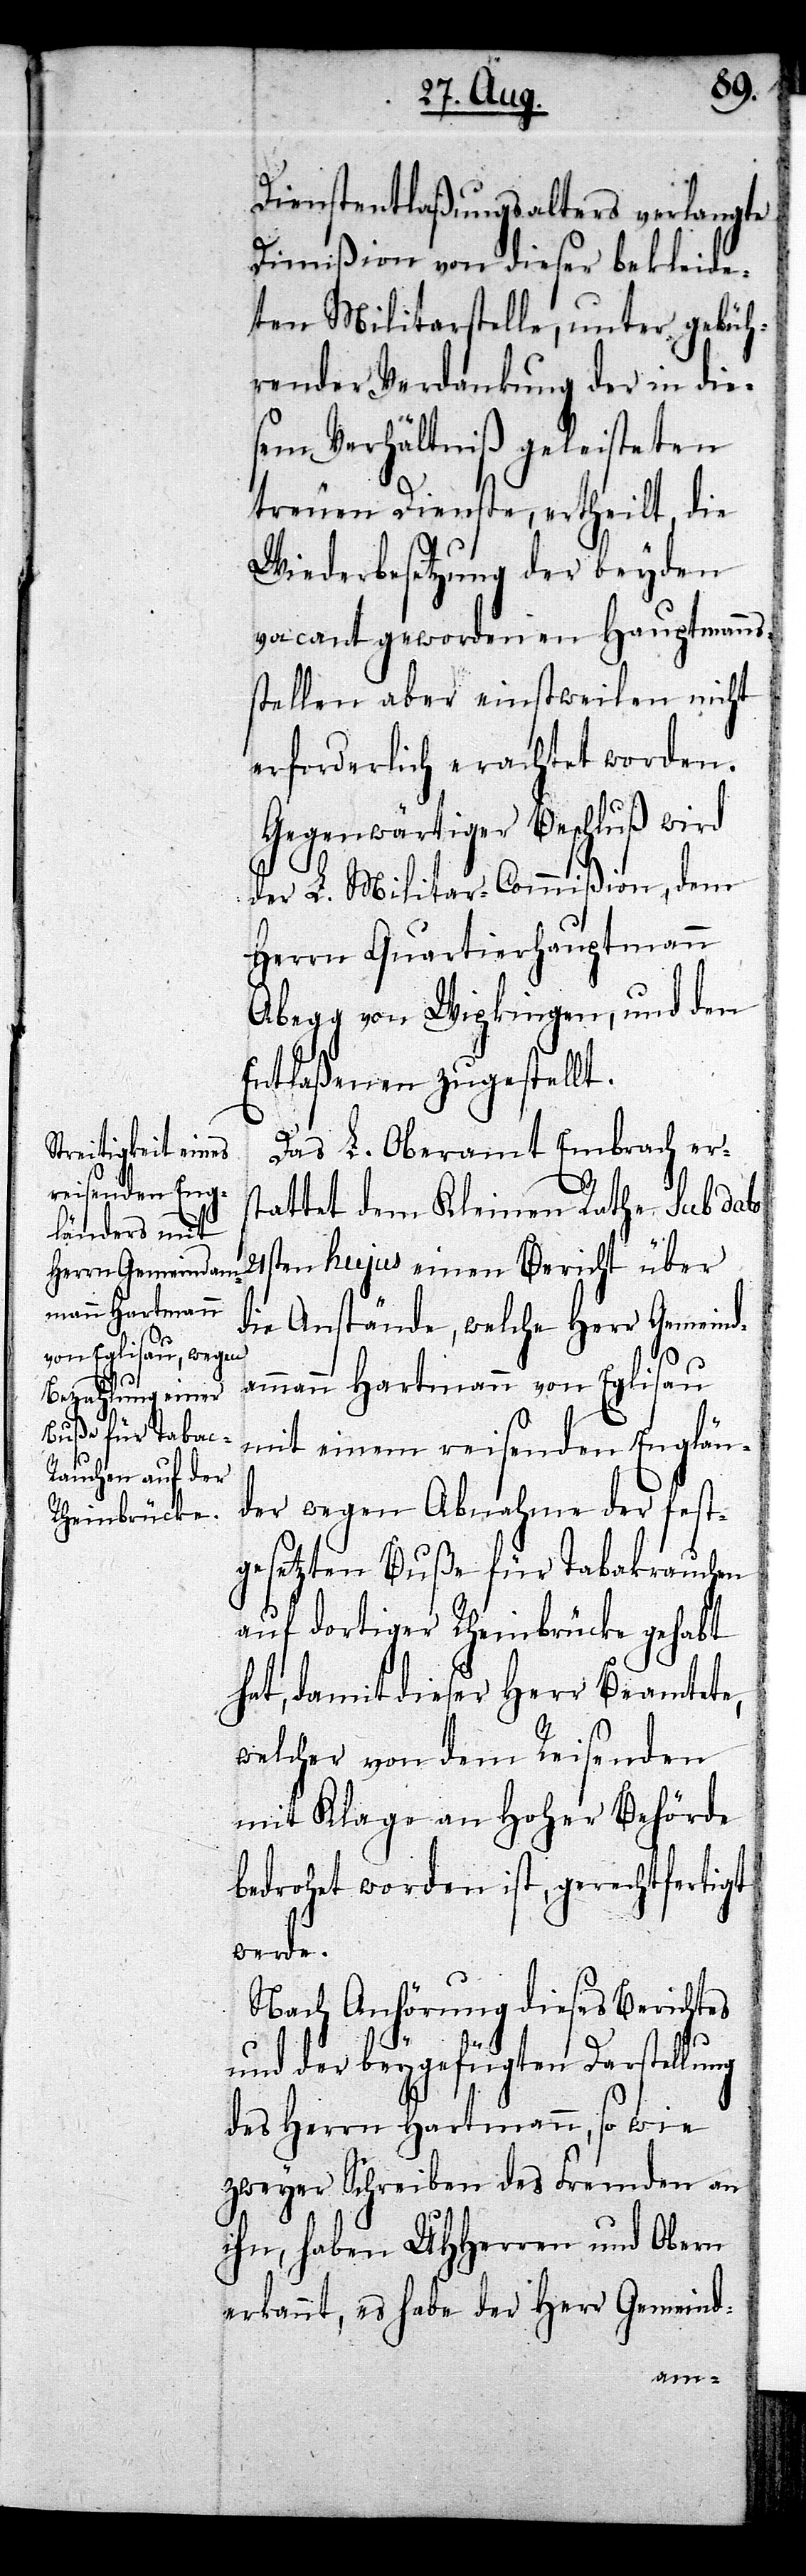
Dienstentlaßungsalters verlangte
Dimißion von dieser bekleide¬
ten Militarstelle, unter gebüh¬
render Verdankung der in die¬
sem Verhältniß geleisteten
treuen Dienste, ertheilt, die
Wiederbesetzung der beyden
vacant gewordenen Hauptmanns¬
stellen aber einstweilen nicht
erforderlich erachtet worden.
Gegenwärtiger Beschluß wird
der L. Militar-Commißion, dem
Herrn Quartierhauptmann
Abegg von Wipkingen, und den
Entlaßenen zugestellt.
Das L. Oberamt Embrach ers¬
tattet dem Kleinen Rathe sub dato
21sten hujus einen Bericht über
die Anstände, welche Herr Gemeind¬
ammann Hartmann von Eglisau
mit einem reisenden Englän¬
der wegen Abnahme der fest¬
gesetzten Buße für Tabakrauchen
auf dortiger Rheinbrücke gehabt
hat, damit dieser Herr Beamtete,
welcher von dem Reisenden
mit Klage an Hoher Behörde
bedroht worden ist, gerechtfertigt
werde.
Nach Anhörung dieses Berichtes
und der beygefügten Darstellung
des Herrn Hartmann, so wie
zweyer Schreiben des Fremden an
ihn, haben UHHerren und Obern
erkannt, es habe der Herr Gemeind-